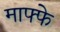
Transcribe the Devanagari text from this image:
माफ्फे